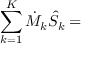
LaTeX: \sum _ { k = 1 } ^ { K } { \dot { M } } _ { k } { \hat { S } } _ { k } = { }